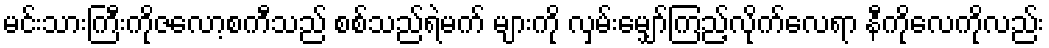
မင်းသားကြီးကိုဇလော့စကီသည် စစ်သည်ရဲမက် များကို လှမ်းမျှော်ကြည့်လိုက်လေရာ နီကိုလေကိုလည်း